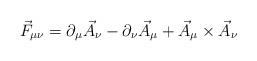
LaTeX: \begin{align*}\vec{F}_{\mu\nu}=\partial_{\mu}\vec{A}_{\nu}-\partial_{\nu}\vec{A}_{\mu}+\vec{A}_{\mu}\times\vec{A}_{\nu}\end{align*}